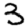
Digit: 3